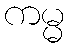
ကမ္မ